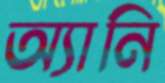
অ্যানি